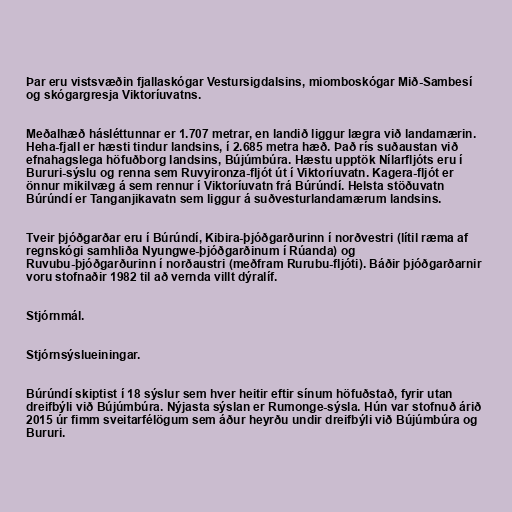
Þar eru vistsvæðin fjallaskógar Vestursigdalsins, miomboskógar Mið-Sambesí
og skógargresja Viktoríuvatns.

Meðalhæð hásléttunnar er 1.707 metrar, en landið liggur lægra við landamærin.
Heha-fjall er hæsti tindur landsins, í 2.685 metra hæð. Það rís suðaustan við
efnahagslega höfuðborg landsins, Bújúmbúra. Hæstu upptök Nílarfljóts eru í
Bururi-sýslu og renna sem Ruvyironza-fljót út í Viktoríuvatn. Kagera-fljót er
önnur mikilvæg á sem rennur í Viktoríuvatn frá Búrúndí. Helsta stöðuvatn
Búrúndí er Tanganjikavatn sem liggur á suðvesturlandamærum landsins.

Tveir þjóðgarðar eru í Búrúndí, Kibira-þjóðgarðurinn í norðvestri (lítil ræma af
regnskógi samhliða Nyungwe-þjóðgarðinum í Rúanda) og
Ruvubu-þjóðgarðurinn í norðaustri (meðfram Rurubu-fljóti). Báðir þjóðgarðarnir
voru stofnaðir 1982 til að vernda villt dýralíf.

Stjórnmál.

Stjórnsýslueiningar.

Búrúndí skiptist í 18 sýslur sem hver heitir eftir sínum höfuðstað, fyrir utan
dreifbýli við Bújúmbúra. Nýjasta sýslan er Rumonge-sýsla. Hún var stofnuð árið
2015 úr fimm sveitarfélögum sem áður heyrðu undir dreifbýli við Bújúmbúra og
Bururi.